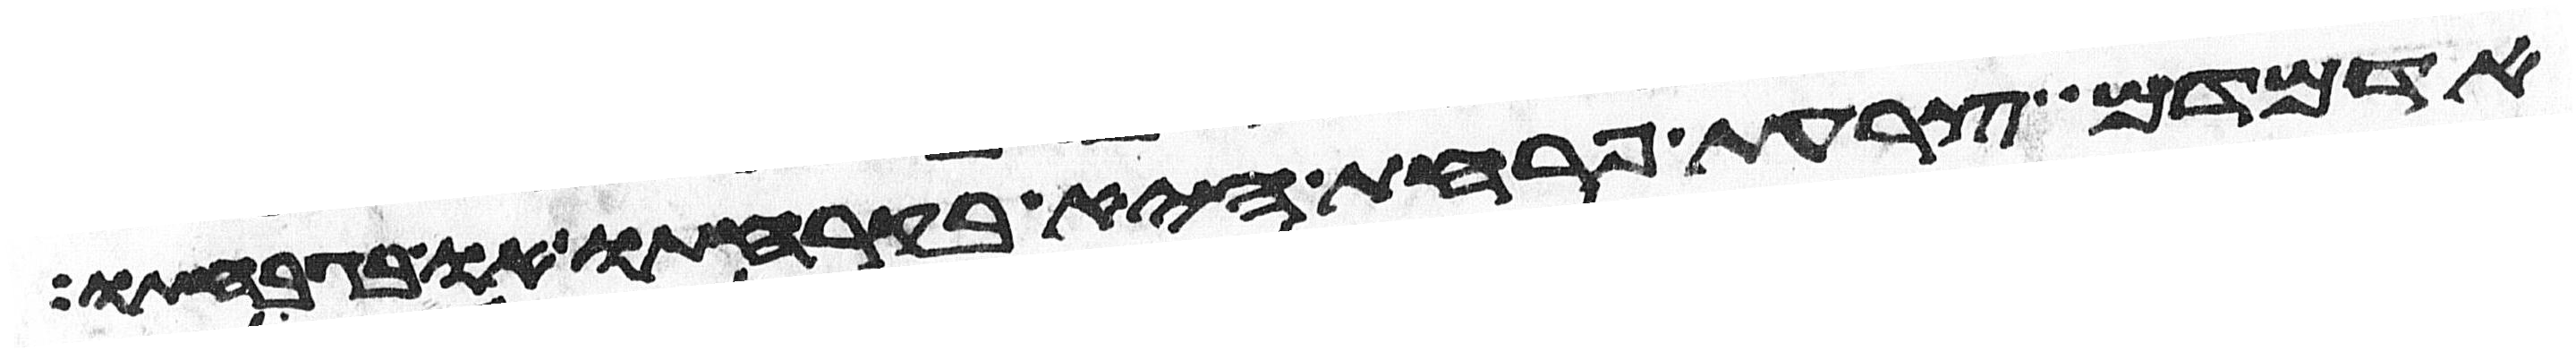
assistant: אדמדם צרעת פרחת היא בקרחתו או בגבחתו